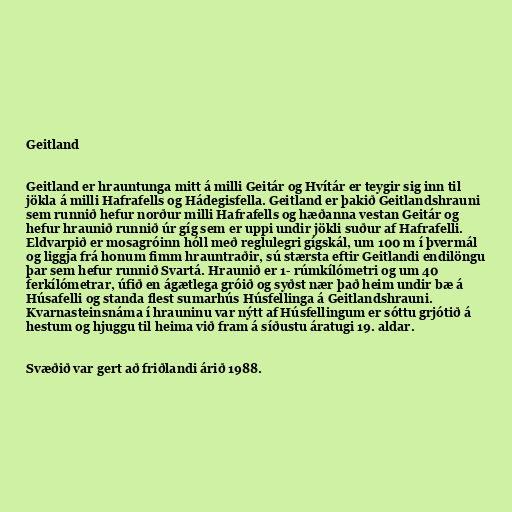
Geitland

Geitland er hrauntunga mitt á milli Geitár og Hvítár er teygir sig inn til
jökla á milli Hafrafells og Hádegisfella. Geitland er þakið Geitlandshrauni
sem runnið hefur norður milli Hafrafells og hæðanna vestan Geitár og
hefur hraunið runnið úr gíg sem er uppi undir jökli suður af Hafrafelli.
Eldvarpið er mosagróinn hóll með reglulegri gígskál, um 100 m í þvermál
og liggja frá honum fimm hrauntraðir, sú stærsta eftir Geitlandi endilöngu
þar sem hefur runnið Svartá. Hraunið er 1- rúmkílómetri og um 40
ferkílómetrar, úfið en ágætlega gróið og syðst nær það heim undir bæ á
Húsafelli og standa flest sumarhús Húsfellinga á Geitlandshrauni.
Kvarnasteinsnáma í hrauninu var nýtt af Húsfellingum er sóttu grjótið á
hestum og hjuggu til heima við fram á síðustu áratugi 19. aldar.

Svæðið var gert að friðlandi árið 1988.